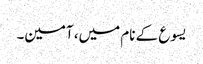
یسوع کے نام میں، آمین۔